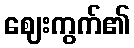
ဈေးကွက်၏